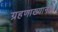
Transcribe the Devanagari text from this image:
ग्रहणाख्यानात